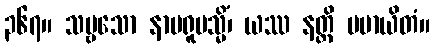
၃၆၇။ သဗ္ဗသော နာမရူပသ္မိံ၊ ယဿ နတ္ထိ မမာယိတံ။